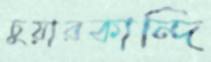
চুয়ারকান্দি